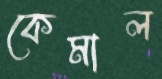
কেমাল